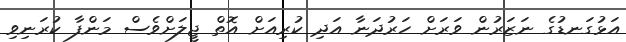
އަޅުގަނޑުގެ ނަޒަރުން ވަރަށް ހަރުދަނާ އަދި ކުރިއަށް އޮތް ޖީލަށްވެސް މަންފާ ކުރަނިވި